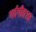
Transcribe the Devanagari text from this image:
गर्वगीत१९